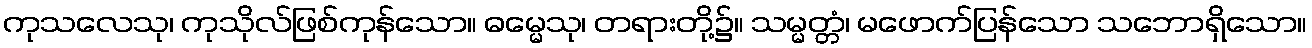
ကုသလေသု၊ ကုသိုလ်ဖြစ်ကုန်သော။ ဓမ္မေသု၊ တရားတို့၌။ သမ္မတ္တံ၊ မဖောက်ပြန်သော သဘောရှိသော။